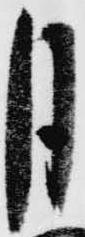
月